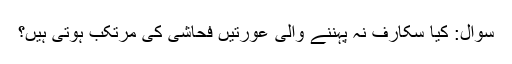
سوال: کیا سکارف نہ پہننے والی عورتیں فحاشی کی مرتکب ہوتی ہیں؟